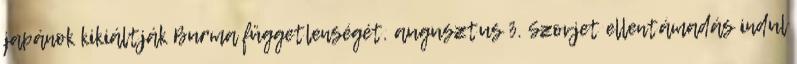
japánok kikiáltják Burma függetlenségét. augusztus 3. Szovjet ellentámadás indul